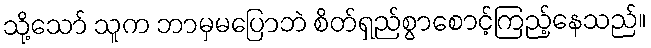
သို့သော် သူက ဘာမှမပြောဘဲ စိတ်ရှည်စွာစောင့်ကြည့်နေသည်။